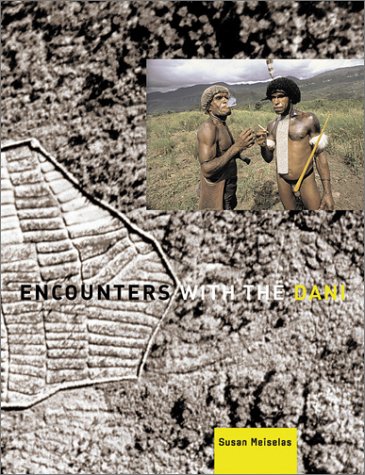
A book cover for Encounters With the Dani; Travel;